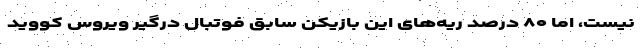
نیست، اما ۸۰ درصد ریه‌های این بازیکن سابق فوتبال درگیر ویروس کووید